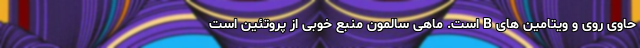
حاوی روی و ویتامین های B است. ماهی سالمون منبع خوبی از پروتئین است